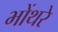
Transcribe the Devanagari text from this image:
भोंथरे